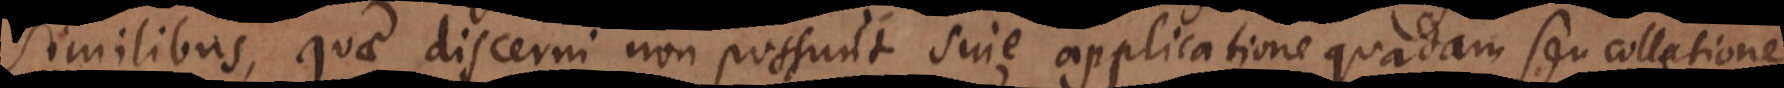
similibus, quae discerni non possunt sine applicatione quadam seu collatione.